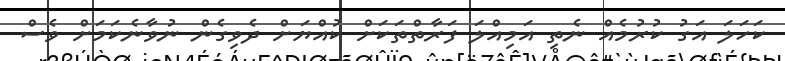
ކަހަލަ އަގު ކުރުމެއް ނެތި އަމިއްލަ ފަރާތްތަކަށް ކުއްޔަށް ދެވިގެން ނުވާނެކަމަށް ވެސް